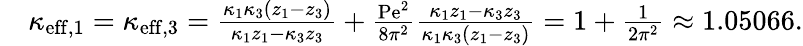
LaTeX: \begin{array}{rl}&{\kappa_{\mathrm{eff},1}=\kappa_{\mathrm{eff},3}=\frac{\kappa_{1}\kappa_{3}\left(z_{1}-z_{3}\right)}{\kappa_{1}z_{1}-\kappa_{3}z_{3}}+\frac{\mathrm{Pe}^{2}}{8\pi^{2}}\frac{\kappa_{1}z_{1}-\kappa_{3}z_{3}}{\kappa_{1}\kappa_{3}\left(z_{1}-z_{3}\right)}=1+\frac{1}{2\pi^{2}}\approx 1.05066.}\end{array}